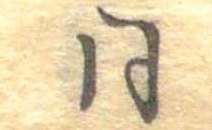
同